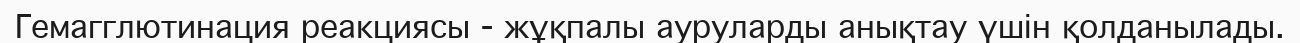
Гемагглютинация реакциясы - жұқпалы ауруларды анықтау үшін қолданылады.